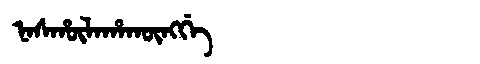
Manchu: ᠨᠠᠰᡥᡡᠯᠠᡥᠠᡴᡡᠩᡤᡝ
Romanization: NASHŪLAHAKŪNGGE